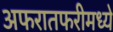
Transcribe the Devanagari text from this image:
अफरातफरीमध्ये